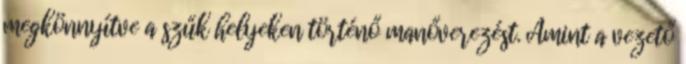
megkönnyítve a szűk helyeken történő manőverezést. Amint a vezető